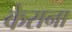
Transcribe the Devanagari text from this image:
केराना